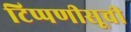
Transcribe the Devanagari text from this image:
टिप्पणीसूची